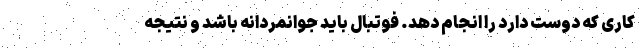
کاری که دوست دارد را انجام دهد. فوتبال باید جوانمردانه باشد و نتیجه